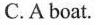
C.A boat.